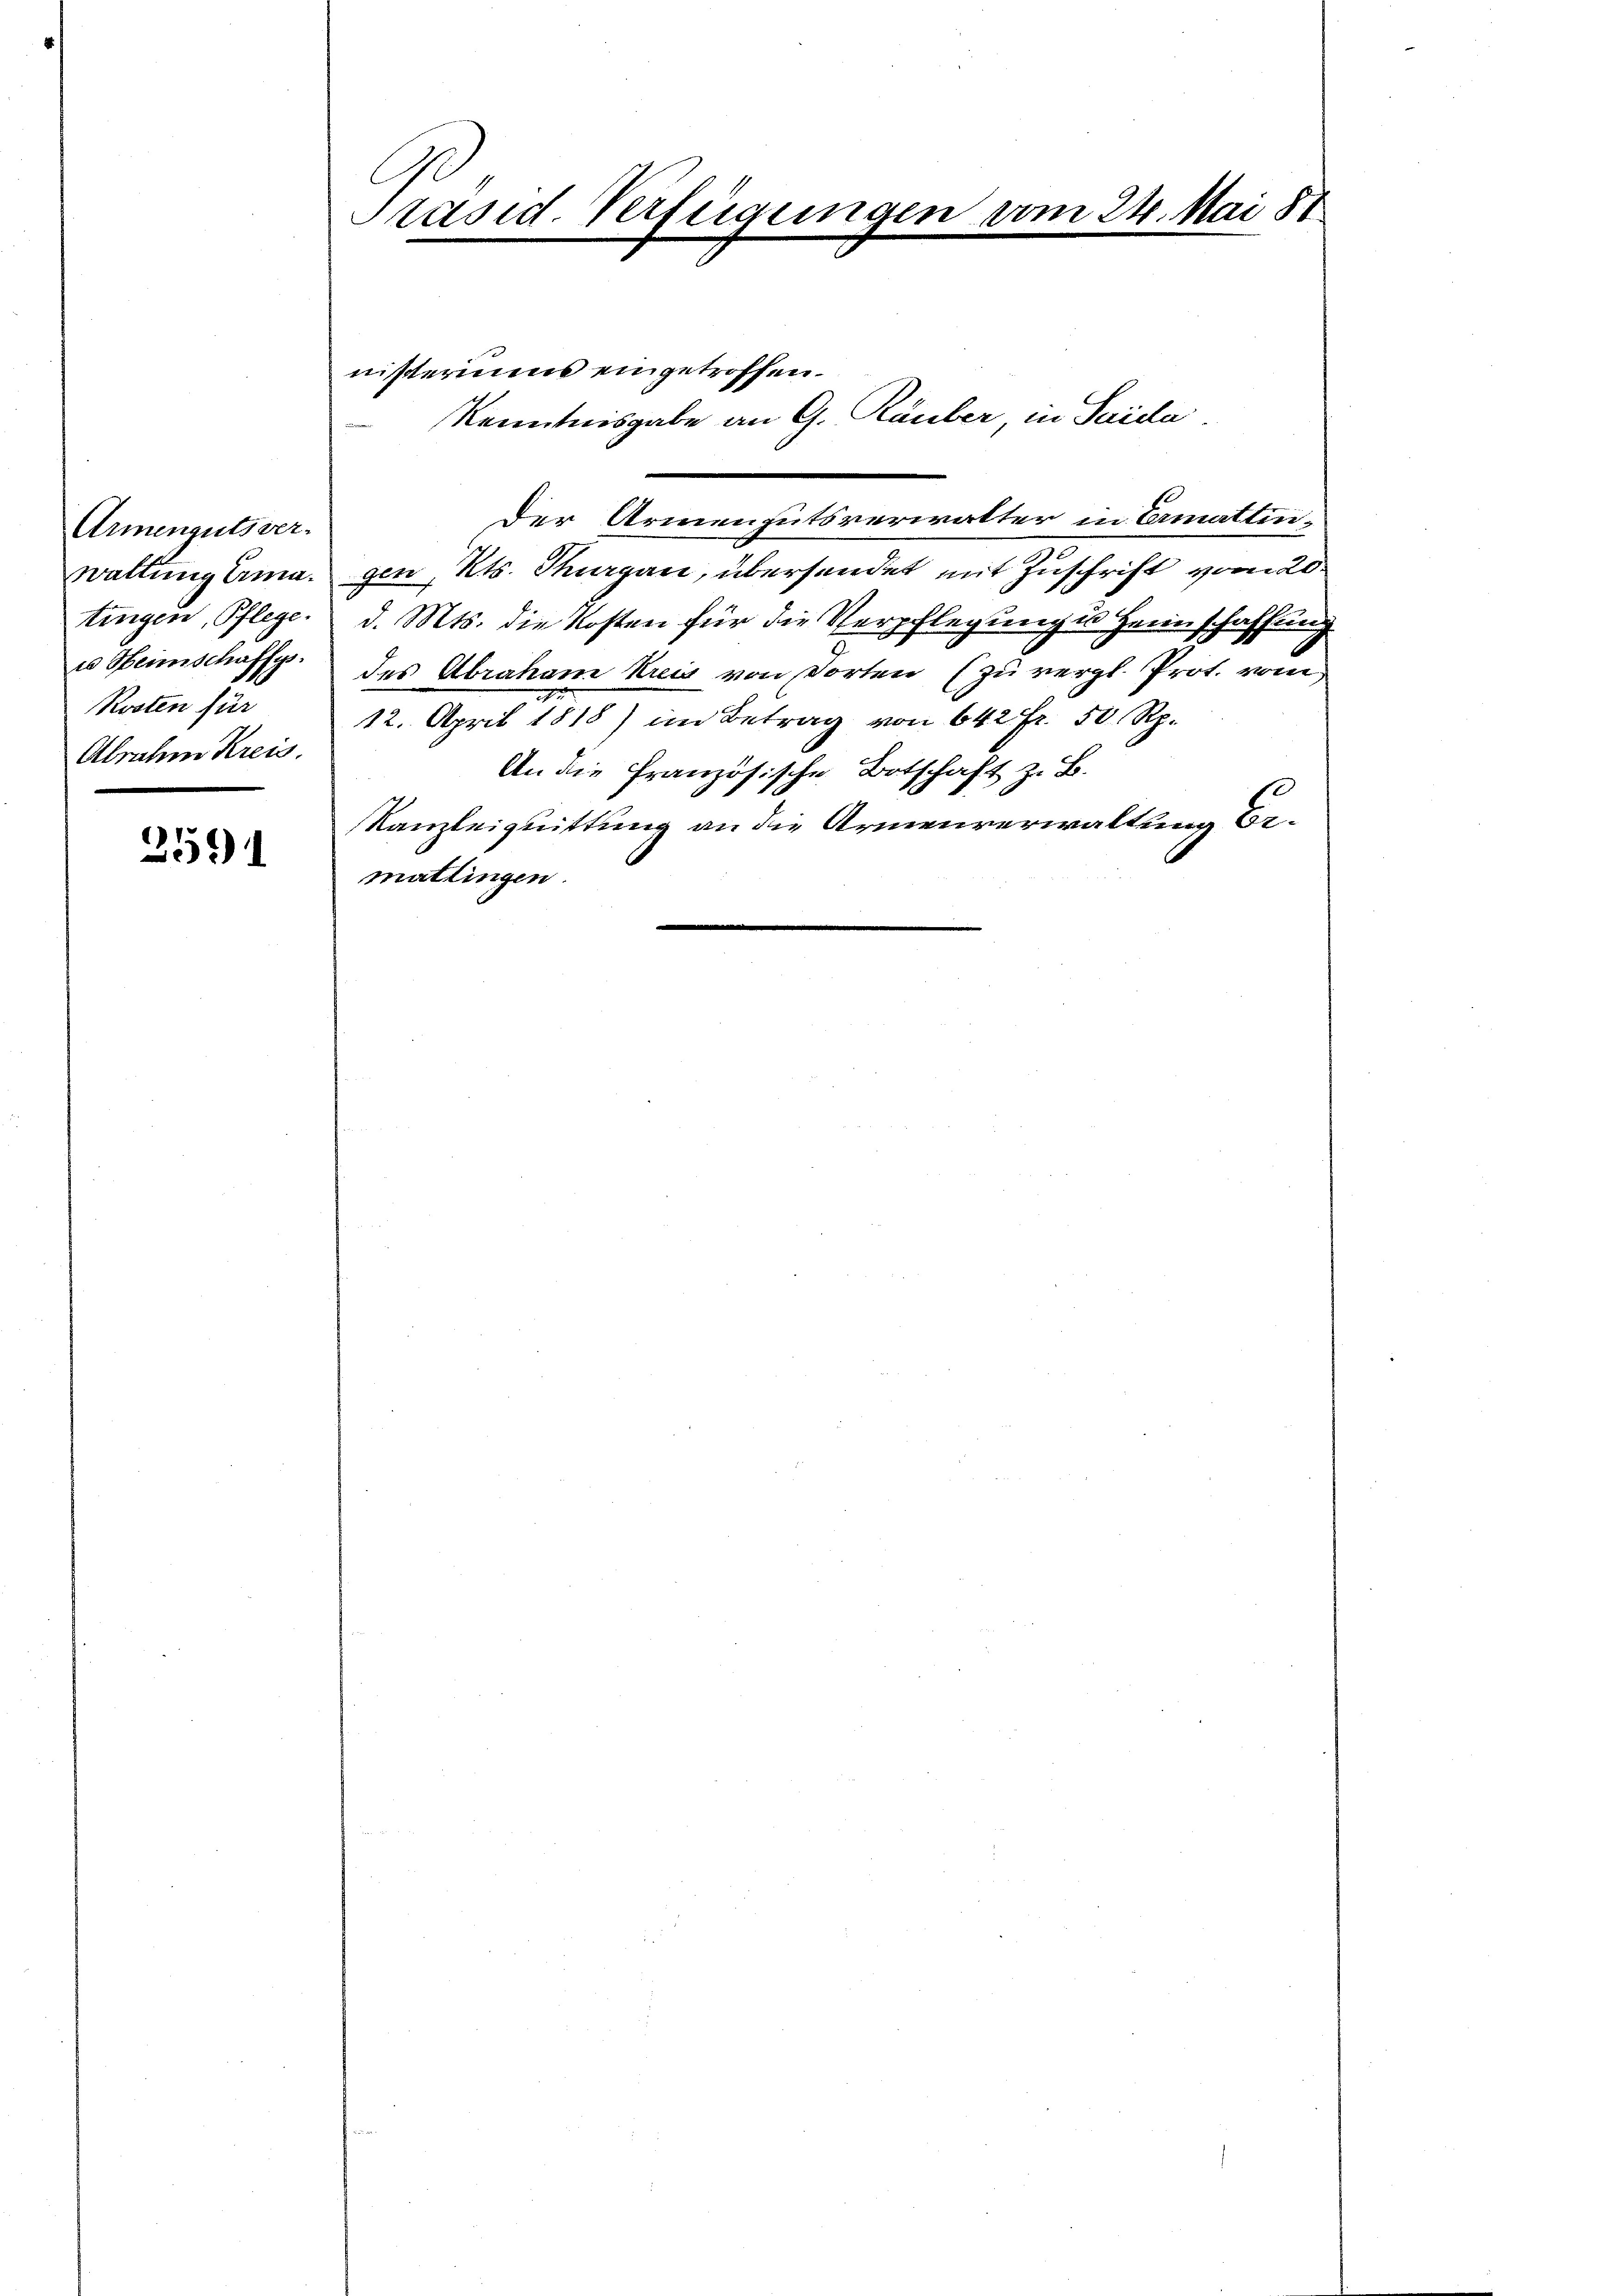
Armengutsver-
Rosten für
Abrahm Kreis.

2591

Präsid. Verfügungen vom 24. Mai 81

nisteriums eingetroffen.
Der Armengutsverwalter in Ermattinwaltung Erma. gen, Kts. Thurgau, übersendet mit Zuschrift vom 20.
tingen, Pflege. d. Mts. die Kosten für die Verpflegung in Heimschaffung
us Steinschaffg. des Abraham Kreis von dorten (zu vergl. Prot. vom
12. April 1818) im Betrag von 642 fr. 50 Rp.
An die französische Botschaft z. B.
Kanzleiquittung an die Armenverwaltung Ermattingen.

Kenntnisgabe an G. Rauber, in Saida.